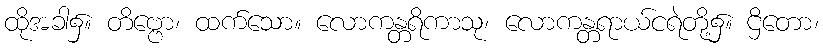
ထိုအခါ၌။ တိဗ္ဗော၊ ထက်သော။ လောကန္တရိကာသု၊ လောကန္တရာယ်ငရဲတို့၌။ ဌိတော၊